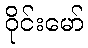
ဝိုင်းမော်